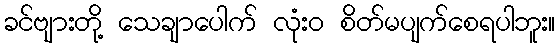
ခင်ဗျားတို့ သေချာပေါက် လုံးဝ စိတ်မပျက်စေရပါဘူး။